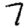
Digit: 7